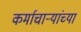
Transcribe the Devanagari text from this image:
कर्माचाऱ्यांच्या